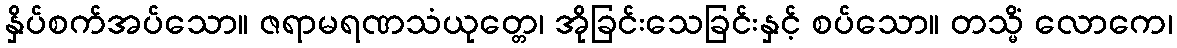
နှိပ်စက်အပ်သော။ ဇရာမရဏသံယုတ္တေ၊ အိုခြင်းသေခြင်းနှင့် စပ်သော။ တသ္မိံ လောကေ၊